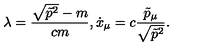
\lambda = \frac { \sqrt { \tilde { p } ^ { 2 } } - m } { c m } , \dot { x } _ { \mu } = c \frac { \tilde { p } _ { \mu } } { \sqrt { \tilde { p } ^ { 2 } } } { . }